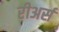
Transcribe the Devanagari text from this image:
रीअर्स